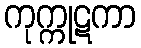
ကုက္ကုဋကာ